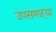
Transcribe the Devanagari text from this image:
उपसणाऱ्या